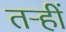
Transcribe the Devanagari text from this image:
तऱ्हीं